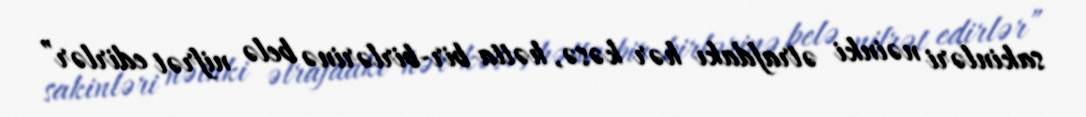
sakinləri nəinki ətrafdakı hər kəsə, hətta bir-birlərinə belə nifrət edirlər”